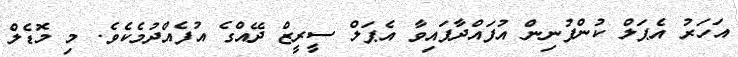
އަހަރު އެޕަލް ކުންފުނިން އުފައްދާފައިވާ އެޕަލް ސީރީޒް ދޭއްގެ އުފެއްދުމެކެވެ. މި މޮޑެލް